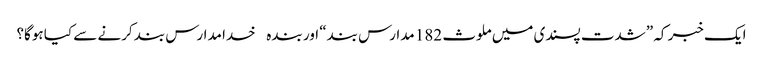
ایک خبر کہ ”شدت پسندی میں ملوث 182 مدارس بند“ اور بندہ خدا مدارس بند کرنے سے کیا ہوگا؟